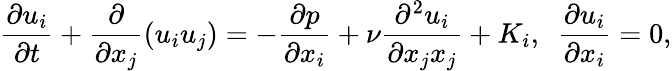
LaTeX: \frac{\partial u_{i}}{\partial t}+\frac{\partial}{\partial x_{j}}(u_{i}u_{j})=-\frac{\partial p}{\partial x_{i}}+\nu\frac{\partial^{2}u_{i}}{\partial x_{j}x_{j}}+K_{i},~~\frac{\partial u_{i}}{\partial x_{i}}=0,